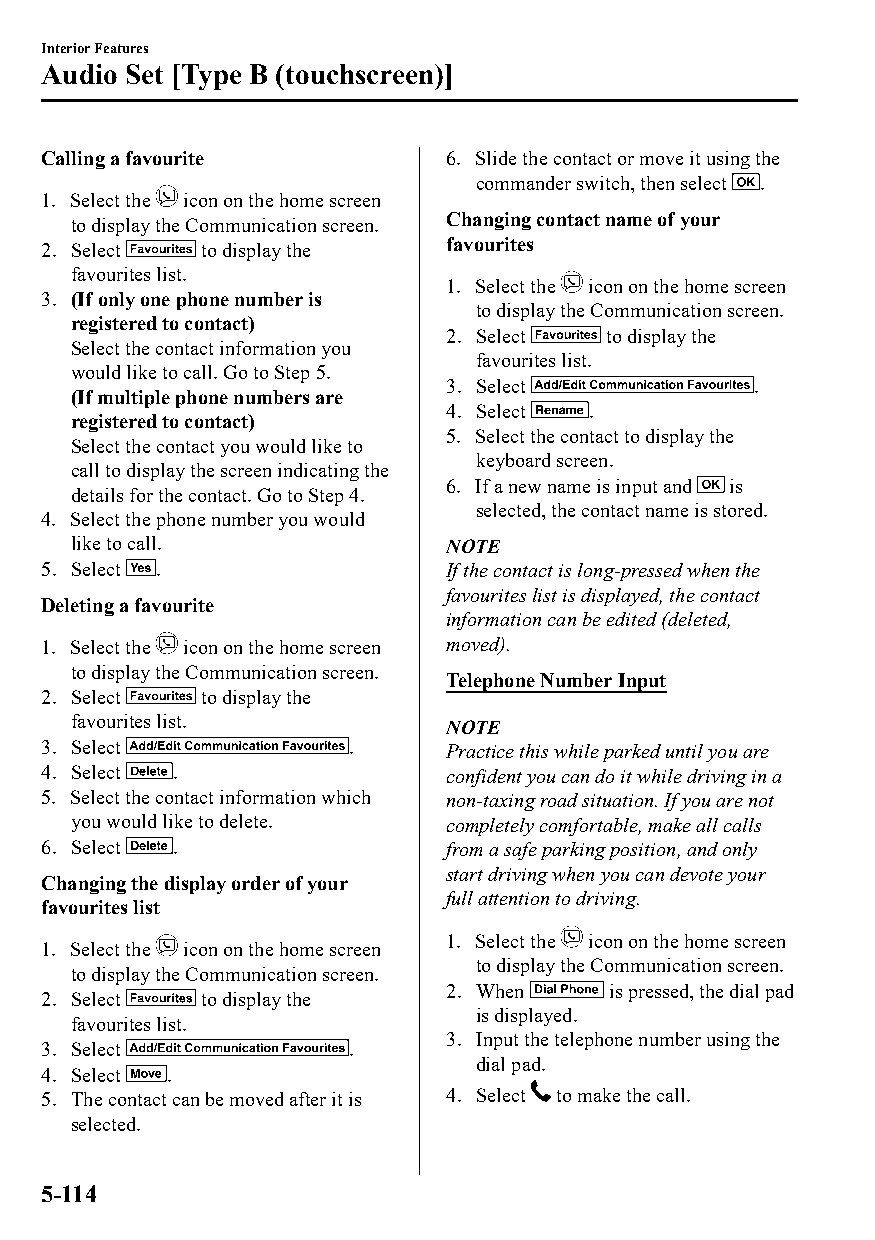
Interior Features
 Audio Set [Type B (touchscreen)]
 Calling a favourite        6. Slide the contact or move it using the
 commander switch, then select .
 1. Select the icon on the home screen
 to display the Communication screen. Changing contact name of your
 2. Select  to display the  favourites
 favourites list.
 1. Select the icon on the home screen
 3. (If only one phone number is
 to display the Communication screen.
 registered to contact)
 2. Select  to display the
 Select the contact information you
 favourites list.
 would like to call. Go to Step 5.
 3. Select            .
 (If multiple phone numbers are
 4. Select .
 registered to contact)
 5. Select the contact to display the
 Select the contact you would like to
 keyboard screen.
 call to display the screen indicating the
 6. If a new name is input and is
 details for the contact. Go to Step 4.
 selected, the contact name is stored.
 4. Select the phone number you would
 like to call.            NOTE
 5. Select .                If the contact is long-pressed when the
 favourites list is displayed, the contact
 Deleting a favourite
 information can be edited (deleted,
 1. Select the icon on the home screen moved).
 to display the Communication screen.
 Telephone Number Input
 2. Select  to display the
 favourites list.         NOTE
 3. Select            .     Practice this while parked until you are
 4. Select .                confident you can do it while driving in a
 5. Select the contact information which non-taxing road situation. If you are not
 you would like to delete. completely comfortable, make all calls
 6. Select .                from a safe parking position, and only
 start driving when you can devote your
 Changing the display order of your
 full attention to driving.
 favourites list
 1. Select the icon on the home screen
 1. Select the icon on the home screen
 to display the Communication screen.
 to display the Communication screen.
 2. When    is pressed, the dial pad
 2. Select  to display the
 is displayed.
 favourites list.
 3. Input the telephone number using the
 3. Select            .
 dial pad.
 4. Select .
 5. The contact can be moved after it is 4. Select to make the call.
 selected.
 5-114
 CX-3_8GT4-EE-18D_Edition4                  2018-9-6 18:32:19